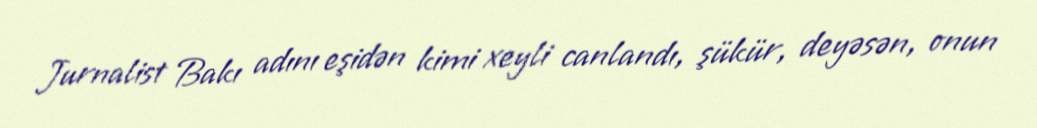
Jurnalist Bakı adını eşidən kimi xeyli canlandı, şükür, deyəsən, onun